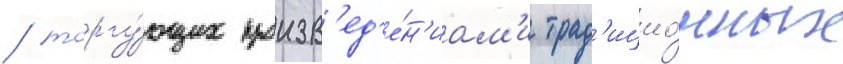
/ торгу́ющих произв'ед'е́н'иам'и трад'ицио́нных